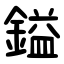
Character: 鎰